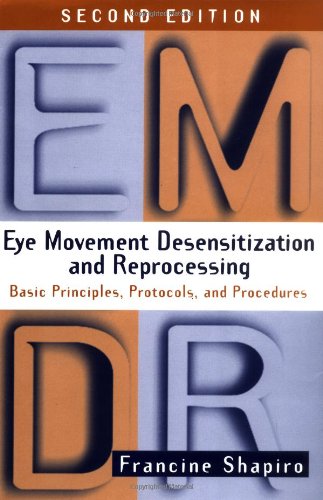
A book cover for Eye Movement Desensitization and Reprocessing (EMDR): Basic Principles, Protocols, and Procedures, 2nd Edition; Francine Shapiro; Medical Books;